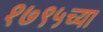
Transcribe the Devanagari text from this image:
१७९५च्या